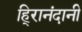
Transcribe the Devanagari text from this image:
हि्रानंदानी